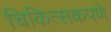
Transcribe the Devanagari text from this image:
चिकित्सकपणे